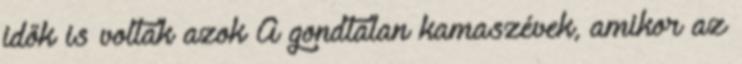
idők is voltak azok A gondtalan kamaszévek, amikor az